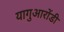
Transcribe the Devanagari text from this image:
यागुआरोंडी